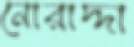
নোরাদ্দা